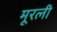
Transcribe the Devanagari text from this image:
मूरली